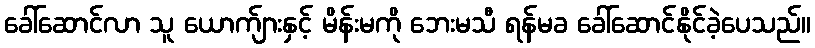
ခေါ်ဆောင်လာ သူ ယောက်ျားနှင့် မိန်းမကို ဘေးမသီ ရန်မခ ခေါ်ဆောင်နိုင်ခဲ့ပေသည်။